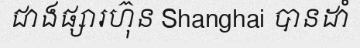
ជាងផ្សារហ៊ុន Shanghai បានដាំ